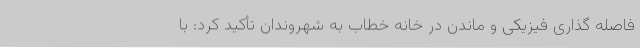
فاصله گذاری فیزیکی و ماندن در خانه خطاب به شهروندان تأکید کرد: با